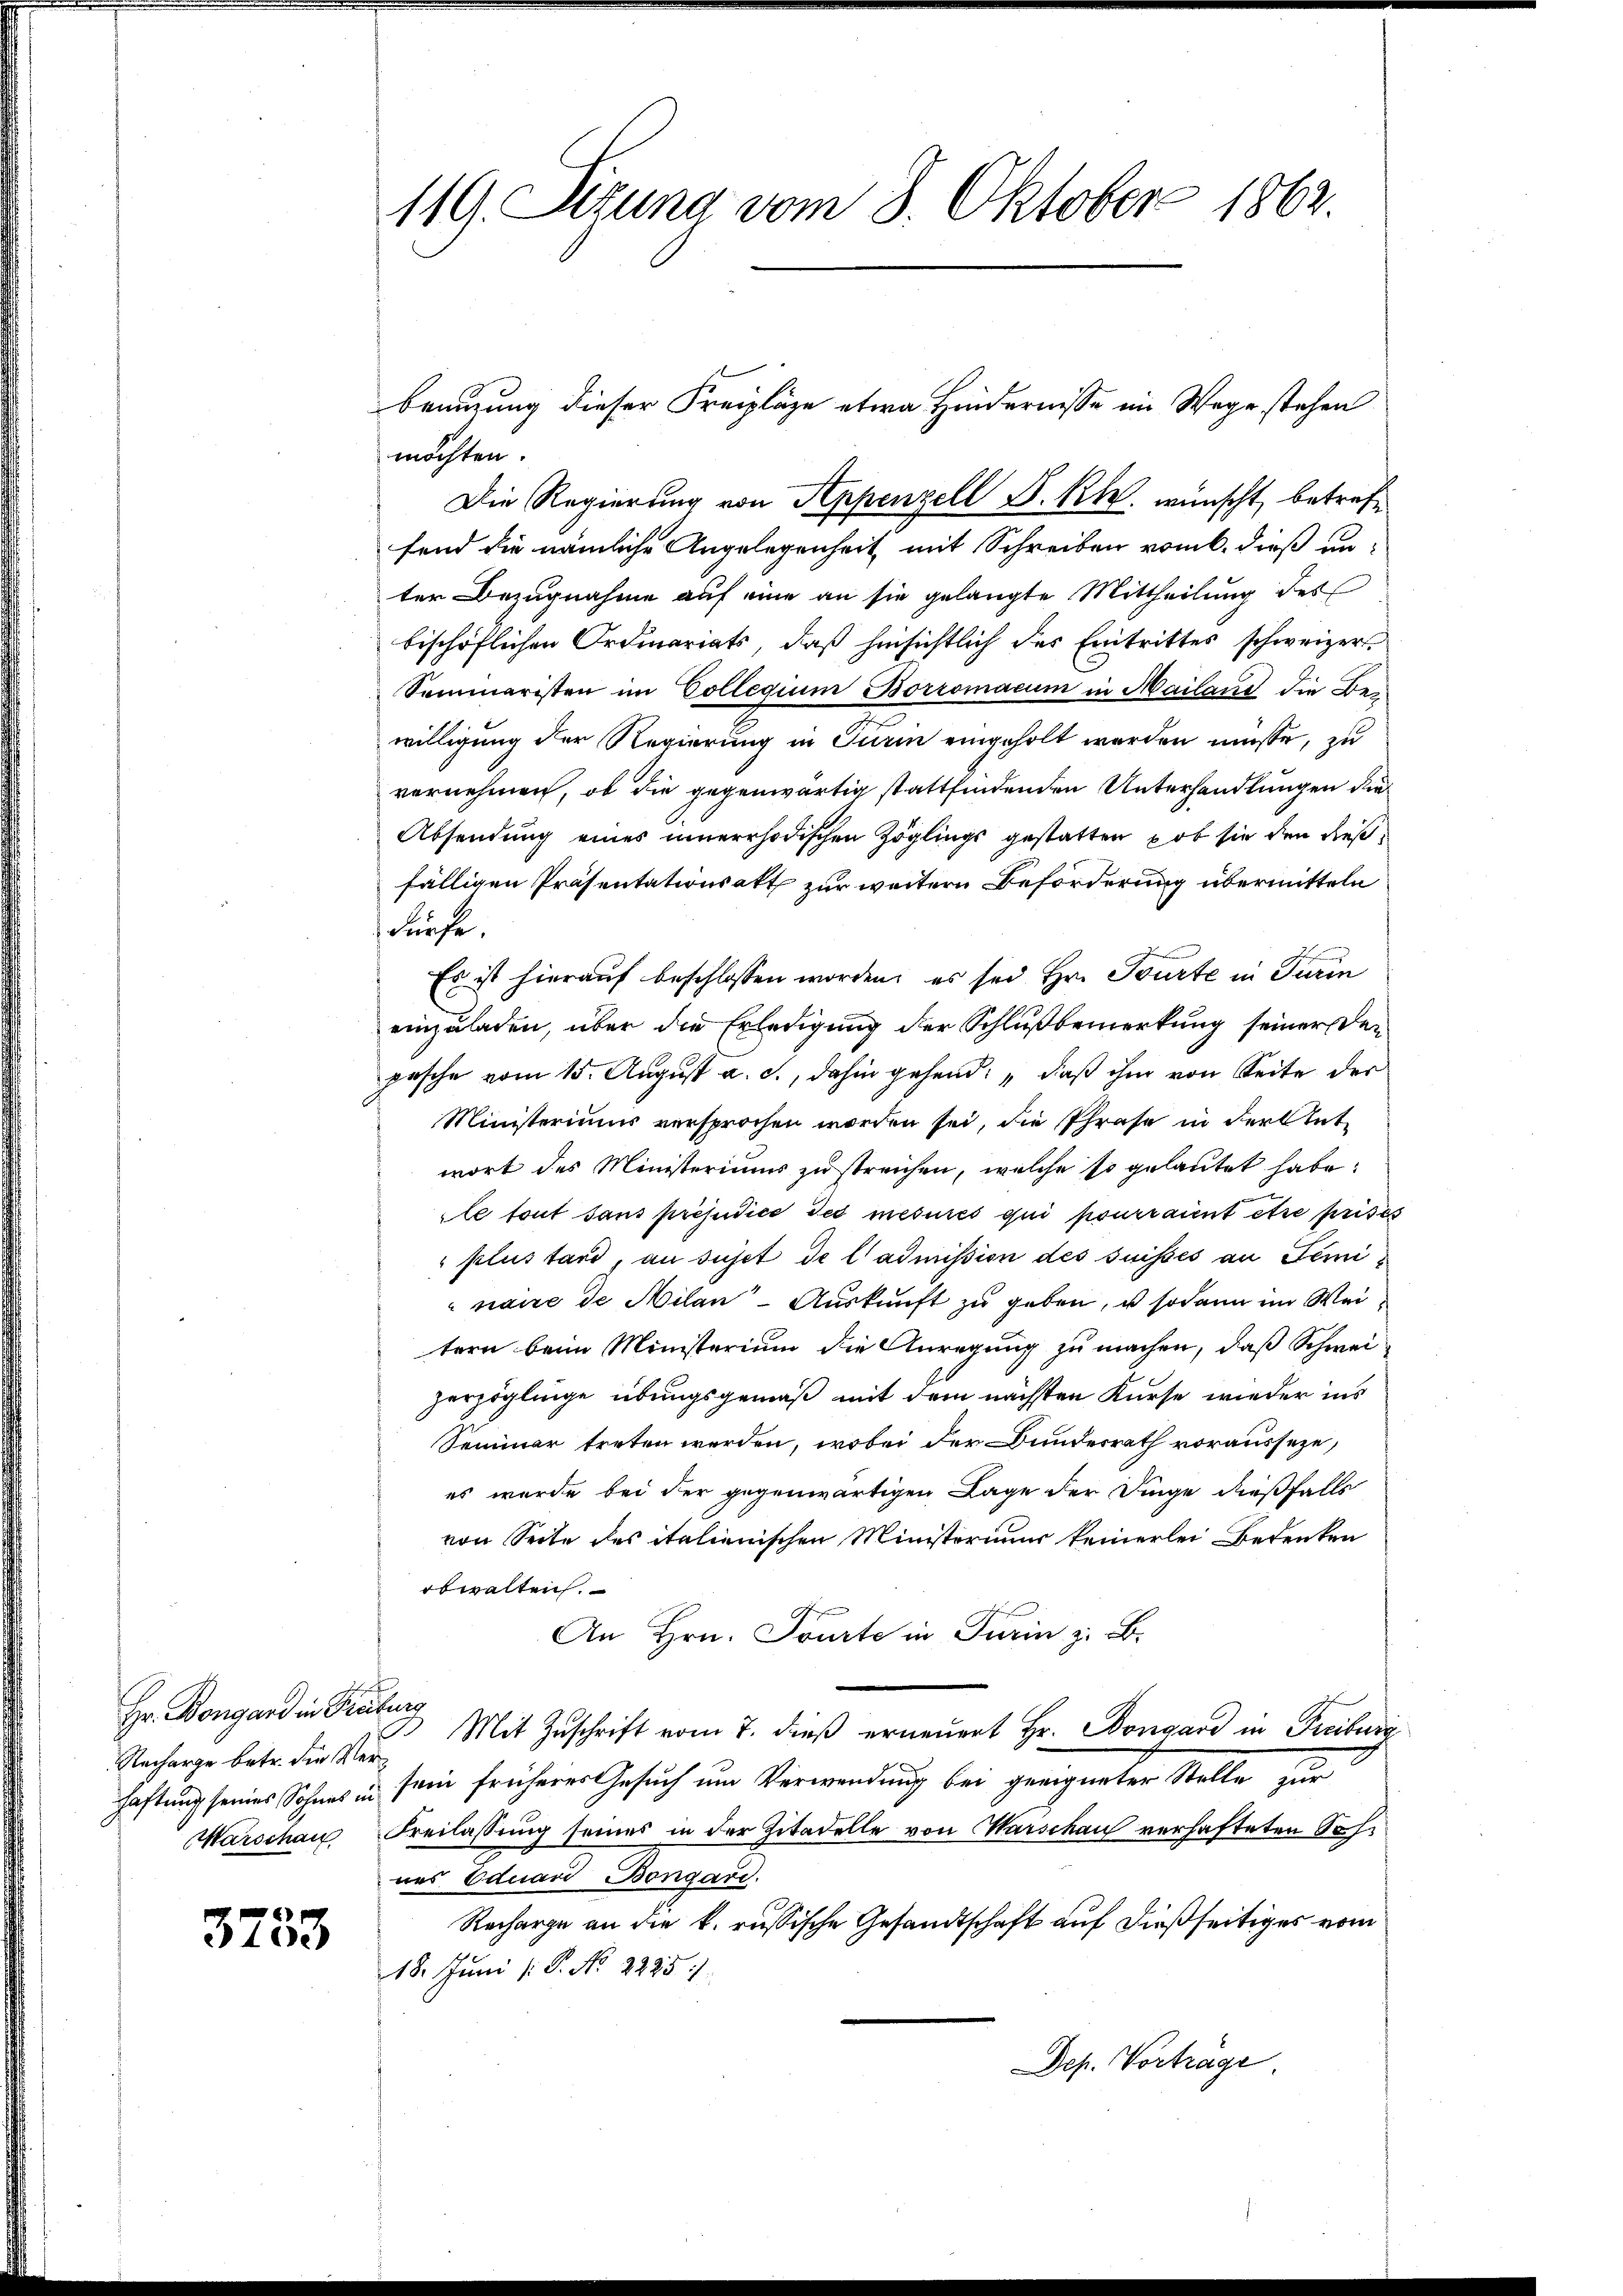
Hr. Bongard in Praturs
Recharge betr. die Verhaftung seines Sohnes in

3753

119. Sizung vom 8. Oktober 1862.

möchten.
Die Regierung von Appenzell S. Rh. wünscht, betreffend die nämliche Angelegenheit mit Schreiben vom 6. dieß unter Bezugnahme auf eine an sie gelangte Mittheilung des
bischöflichen Ordinariats, daß hinsichtlich des Eintrittes schweizer
Sommaristen im Collegium Borromacum in Mailand die Bewilligung der Regierung in Turin eingeholt werden müsse, zu
vornehmen, ob die gegenwärtig stattfindenden Unterhandlungen die
Absendung eines innerrhodischen Zöglings gestatten, ob sie den dießfälligen Präsentationsakt zur weitern Beförderung übermitteln
dürfe.
S
Es ist hierauf beschlossen worden; es sei Hr. Tourte in Turin
einzuladen, über die Erledigung der Schlußbemerkung seiner den
pesche vom 15. August a. c., dahin gehend: „daß ihm von Seite der
Ministeriums versprochen worden sei, die Phrase in der Antwort des Ministeriums zu streichen, welche so gelautet habe:
le tout sans préjudice des mesures qui pourraient être prises
plus tard, au sujet de l’admission des suisses an Seminaue de Milan- Auskunft zu geben, u sodann im Weitern beim Ministerium die Anregung zu machen, daß Schweizerzöglinge übungsgemäß mit dem nächsten Kurse wieder ins
Seminar treten werden, wobei der Bundesrath vorausseze,
es wurde bei der gegenwärtigen Lage der Dinge dießfalls
von Seite des italienischen Ministoriums keinerlei Bedenken
obwalten.
An Hrn. Tourte in Turin z. B.
3. Mit Zŭschrift vom 7. dieβ erneŭert Hr. Dongard in Freiburg
sein früherer Gesuch um Verwendung bei geeigneter Stelle zur
Warschau Freilassŭng seines in der Zitadelle von Marschau verhafteten Sohnes Eduard Bengard.
Recharge an die k. russische Gesandtschaft auf dießseitiges vom
18. Juni /: P. No. 2225:
Dep. Vortrage

bringung dieser Freipläge etwa Hindernisse im Wege stehen